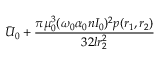
\bar { U } _ { 0 } + \frac { \pi \mu _ { 0 } ^ { 3 } ( \omega _ { 0 } \alpha _ { 0 } n I _ { 0 } ) ^ { 2 } p ( r _ { 1 } , r _ { 2 } ) } { 3 2 l r _ { 2 } ^ { 2 } }